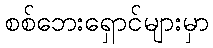
စစ်ဘေးရှောင်များမှာ